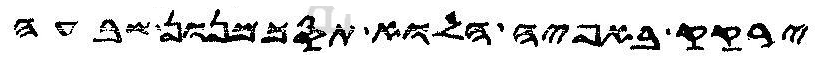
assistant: ירקק באפיה הלוא תסכמנון שבעה